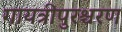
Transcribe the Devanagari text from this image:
गायत्रीपुरश्चरण